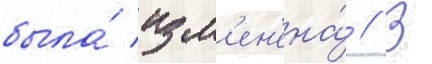
была́ изм'ен'ена́ // В